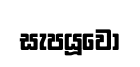
සැපයූවෝ